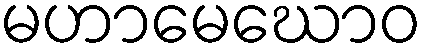
မဟာမေဃောဝ